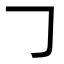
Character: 𠃌